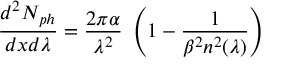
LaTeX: \frac { d ^ { 2 } N _ { p h } } { d x d \lambda } = \frac { 2 \pi \alpha } { \lambda ^ { 2 } } \; \left( 1 - \frac { 1 } { \beta ^ { 2 } n ^ { 2 } ( \lambda ) } \right)